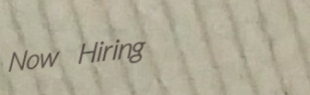
Now Hiring